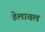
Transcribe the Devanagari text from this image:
डेलावल